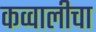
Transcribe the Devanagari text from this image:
कव्वालीचा